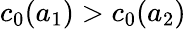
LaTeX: c_{0}(a_{1})>c_{0}(a_{2})